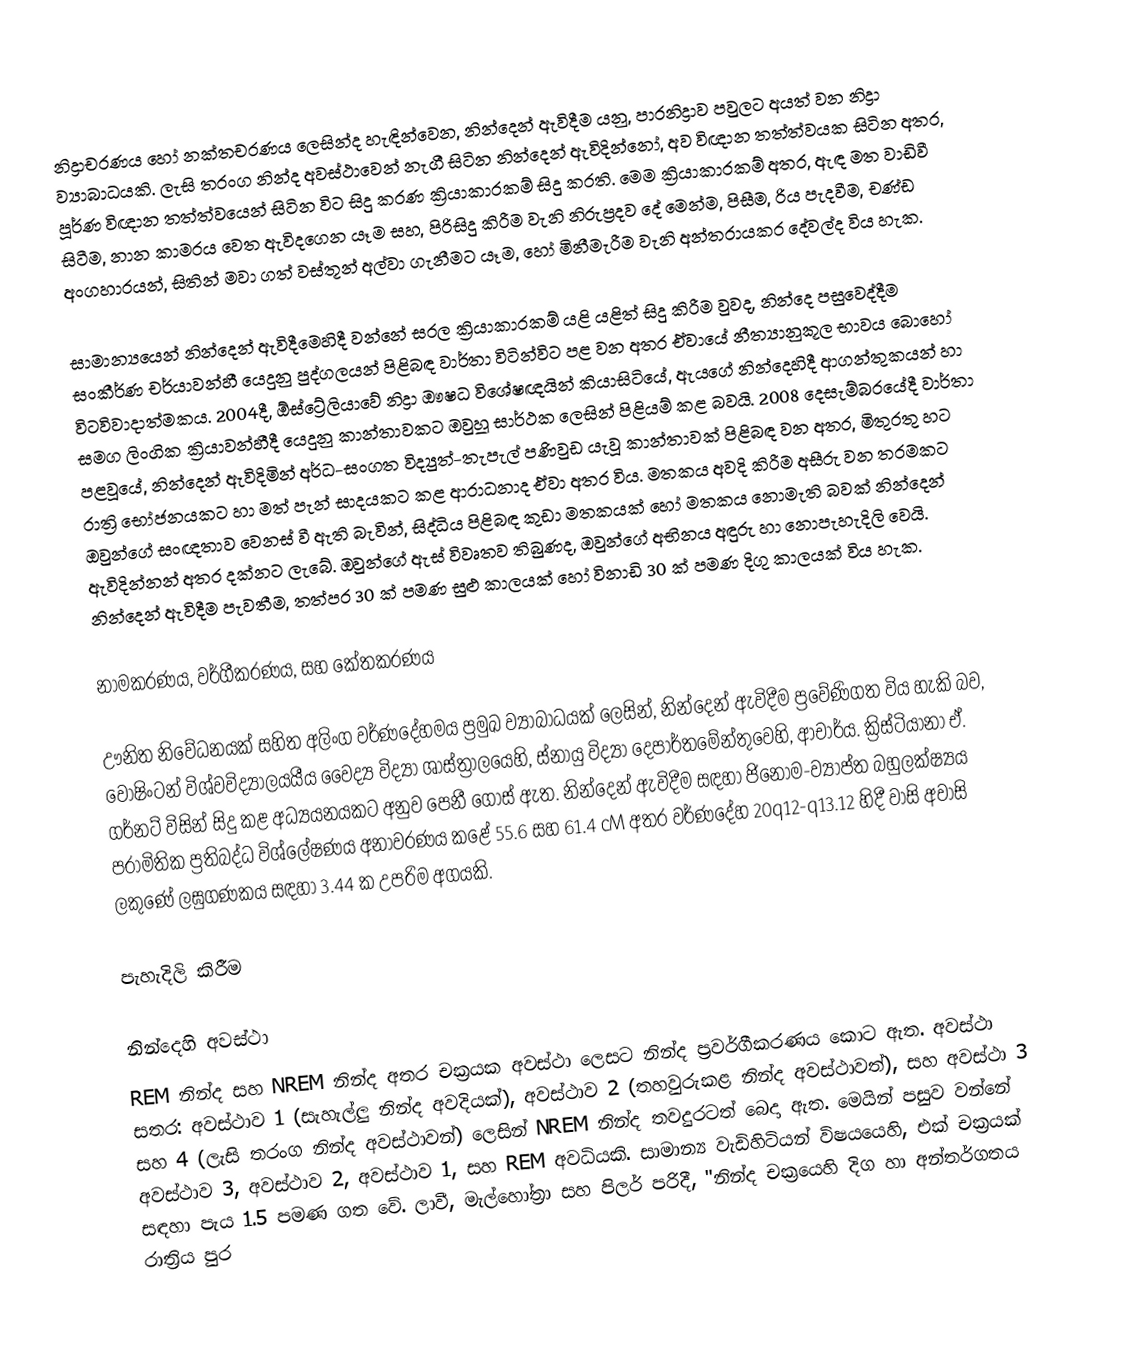
නිද්‍රාචරණය හෝ නක්තචරණය ලෙසින්ද හැඳින්වෙන, නින්දෙන් ඇවිදීම යනු, පාරනිද්‍රාව පවුලට අයත් වන  නිද්‍රා ව්‍යාබාධයකි.   ලැසි තරංග නින්ද අවස්ථාවෙන් නැගී සිටින නින්දෙන් ඇවිදින්නෝ, අව විඥාන තත්ත්වයක සිටින අතර, පූර්ණ විඥාන තත්ත්වයෙන් සිටින විට සිදු කරණ ක්‍රියාකාරකම් සිදු කරති. මෙම ක්‍රියාකාරකම් අතර,  ඇඳ මත වාඩිවී සිටීම, නාන කාමරය වෙත ඇවිදගෙන යෑම සහ, පිරිසිදු කිරීම වැනි නිරුප්‍රදව  දේ මෙන්ම, පිසීම, රිය පැදවීම, චණ්ඩ අංගහාරයන්, සිතින් මවා ගත් වස්තූන් අල්වා ගැනීමට යෑම, හෝ  මිනීමැරීම වැනි  අන්තරායකර දේවල්ද විය හැක.

සාමාන්‍යයෙන් නින්දෙන් ඇවිදීමෙහිදී වන්නේ සරල ක්‍රියාකාරකම් යළි යළිත් සිදු කිරීම වුවද,  නින්දෙ පසුවෙද්දීම සංකීර්ණ චර්යාවන්හී යෙදුනු පුද්ගලයන් පිළිබඳ වාර්තා විටින්විට පළ වන අතර ඒවායේ නීත්‍යානුකූල භාවය බොහෝ විටවිවාදාත්මකය.  2004දී, ඕස්ට්‍රේලියාවේ නිද්‍රා ඖෂධ විශේෂඥයින් කියාසිටියේ, ඇයගේ  නින්දෙහිදී  ආගන්තුකයන් හා සමග ලිංගික ක්‍රියාවන්හීදී යෙදුනු කාන්තාවකට ඔවුහූ සාර්ථක ලෙසින් පිළියම් කළ බවයි.  2008 දෙසැම්බරයේදී වාර්තා පළවූයේ, නින්දෙන් ඇවිදිමින් අර්ධ-සංගත විද්‍යුත්-තැපැල් පණිවුඩ යැවූ කාන්තාවක් පිළිබඳ වන අතර, මිතුරතු හට රාත්‍රි භෝජනයකට හා මත් පැන් සාදයකට කළ ආරාධනාද  ඒවා අතර විය.  මතකය අවදි කිරීම අසීරු වන  තරමකට ඔවුන්ගේ සංඥතාව වෙනස් වී ඇති බැවින්, සිද්ධිය පිළිබඳ කුඩා මතකයක් හෝ මතකය නොමැති බවක් නින්දෙන් ඇවිදින්නන් අතර දක්නට ලැබේ. ඔවුන්ගේ ඇස් විවෘතව තිබුණද, ඔවුන්ගේ අභිනය අඳුරු හා නොපැහැදිලි වෙයි.  නින්දෙන් ඇවිදීම පැවතීම, තත්පර 30 ක් පමණ සුළු කාලයක් හෝ විනාඩි 30 ක් පමණ දිගු කාලයක් විය හැක.

නාමකරණය, වර්ගීකරණය, සහ කේතකරණය

ඌනිත නිවේධනයක් සහිත  අලිංග වර්ණදේහමය ප්‍රමුඛ ව්‍යාබාධයක්  ලෙසින්, නින්දෙන් ඇවිදීම ප්‍රවේණිගත විය හැකි බව,    වොෂිංටන් විශ්වවිද්‍යාලයයීය වෛද්‍ය විද්‍යා ශාස්ත්‍රාලයෙහි, ස්නායු විද්‍යා දෙපාර්තමේන්තුවෙහි,  ආචාර්ය. ක්‍රිස්ටියානා ඒ. ගර්නට් විසින් සිදු කළ අධ්‍යයනයකට අනුව පෙනී ගොස් ඇත. නින්දෙන් ඇවිදීම සඳහා ජිනෝම-ව්‍යාප්ත බහුලක්ෂ්‍යය පරාමිතික ප්‍රතිබද්ධ විශ්ලේෂණය අනාවරණය කළේ  55.6 සහ 61.4 cM අතර වර්ණදේහ 20q12-q13.12 හිදී වාසි අවාසි ලකුණේ ලඝුගණකය සඳහා 3.44 ක උපරිම අගයකි.

පැහැදිලි කිරීම

නින්දෙහි අවස්ථා
REM නින්ද සහ  NREM නින්ද  අතර චක්‍රයක අවස්ථා ලෙසට  නින්ද ප්‍රවර්ගීකරණය කොට ඇත. අවස්ථා සතර: අවස්ථාව 1 (සැහැල්ලු නින්ද අවදියක්), අවස්ථාව 2 (තහවුරුකළ නින්ද අවස්ථාවත්), සහ  අවස්ථා  3 සහ  4 (ලැසි තරංග නින්ද  අවස්ථාවන්) ලෙසින් NREM නින්ද තවදුරටත් බෙදා ඇත. මෙයින් පසුව වන්නේ අවස්ථාව 3, අවස්ථාව 2, අවස්ථාව 1, සහ REM අවධියකි. සාමාන්‍ය වැඩිහිටියන් විෂයයෙහි, එක් චක්‍රයක් සඳහා පැය 1.5 පමණ ගත වේ.  ලාවී, මැල්හෝත්‍රා සහ පිලර් පරිදී, "නින්ද චක්‍රයෙහි දිග හා අන්තර්ගතය රාත්‍රිය පුර